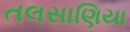
તલસાણિયા